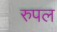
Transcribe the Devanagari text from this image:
रुपल